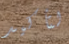
لتأكيد